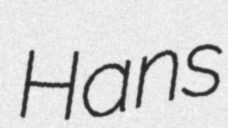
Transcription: Hans